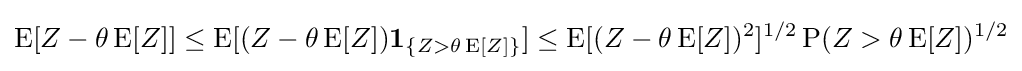
\operatorname {E} [Z-\theta \operatorname {E} [Z]]\leq \operatorname {E} [(Z-\theta \operatorname {E} [Z])\mathbf {1} _{\{Z>\theta \operatorname {E} [Z]\}}]\leq \operatorname {E} [(Z-\theta \operatorname {E} [Z])^{2}]^{1/2}\operatorname {P} (Z>\theta \operatorname {E} [Z])^{1/2}